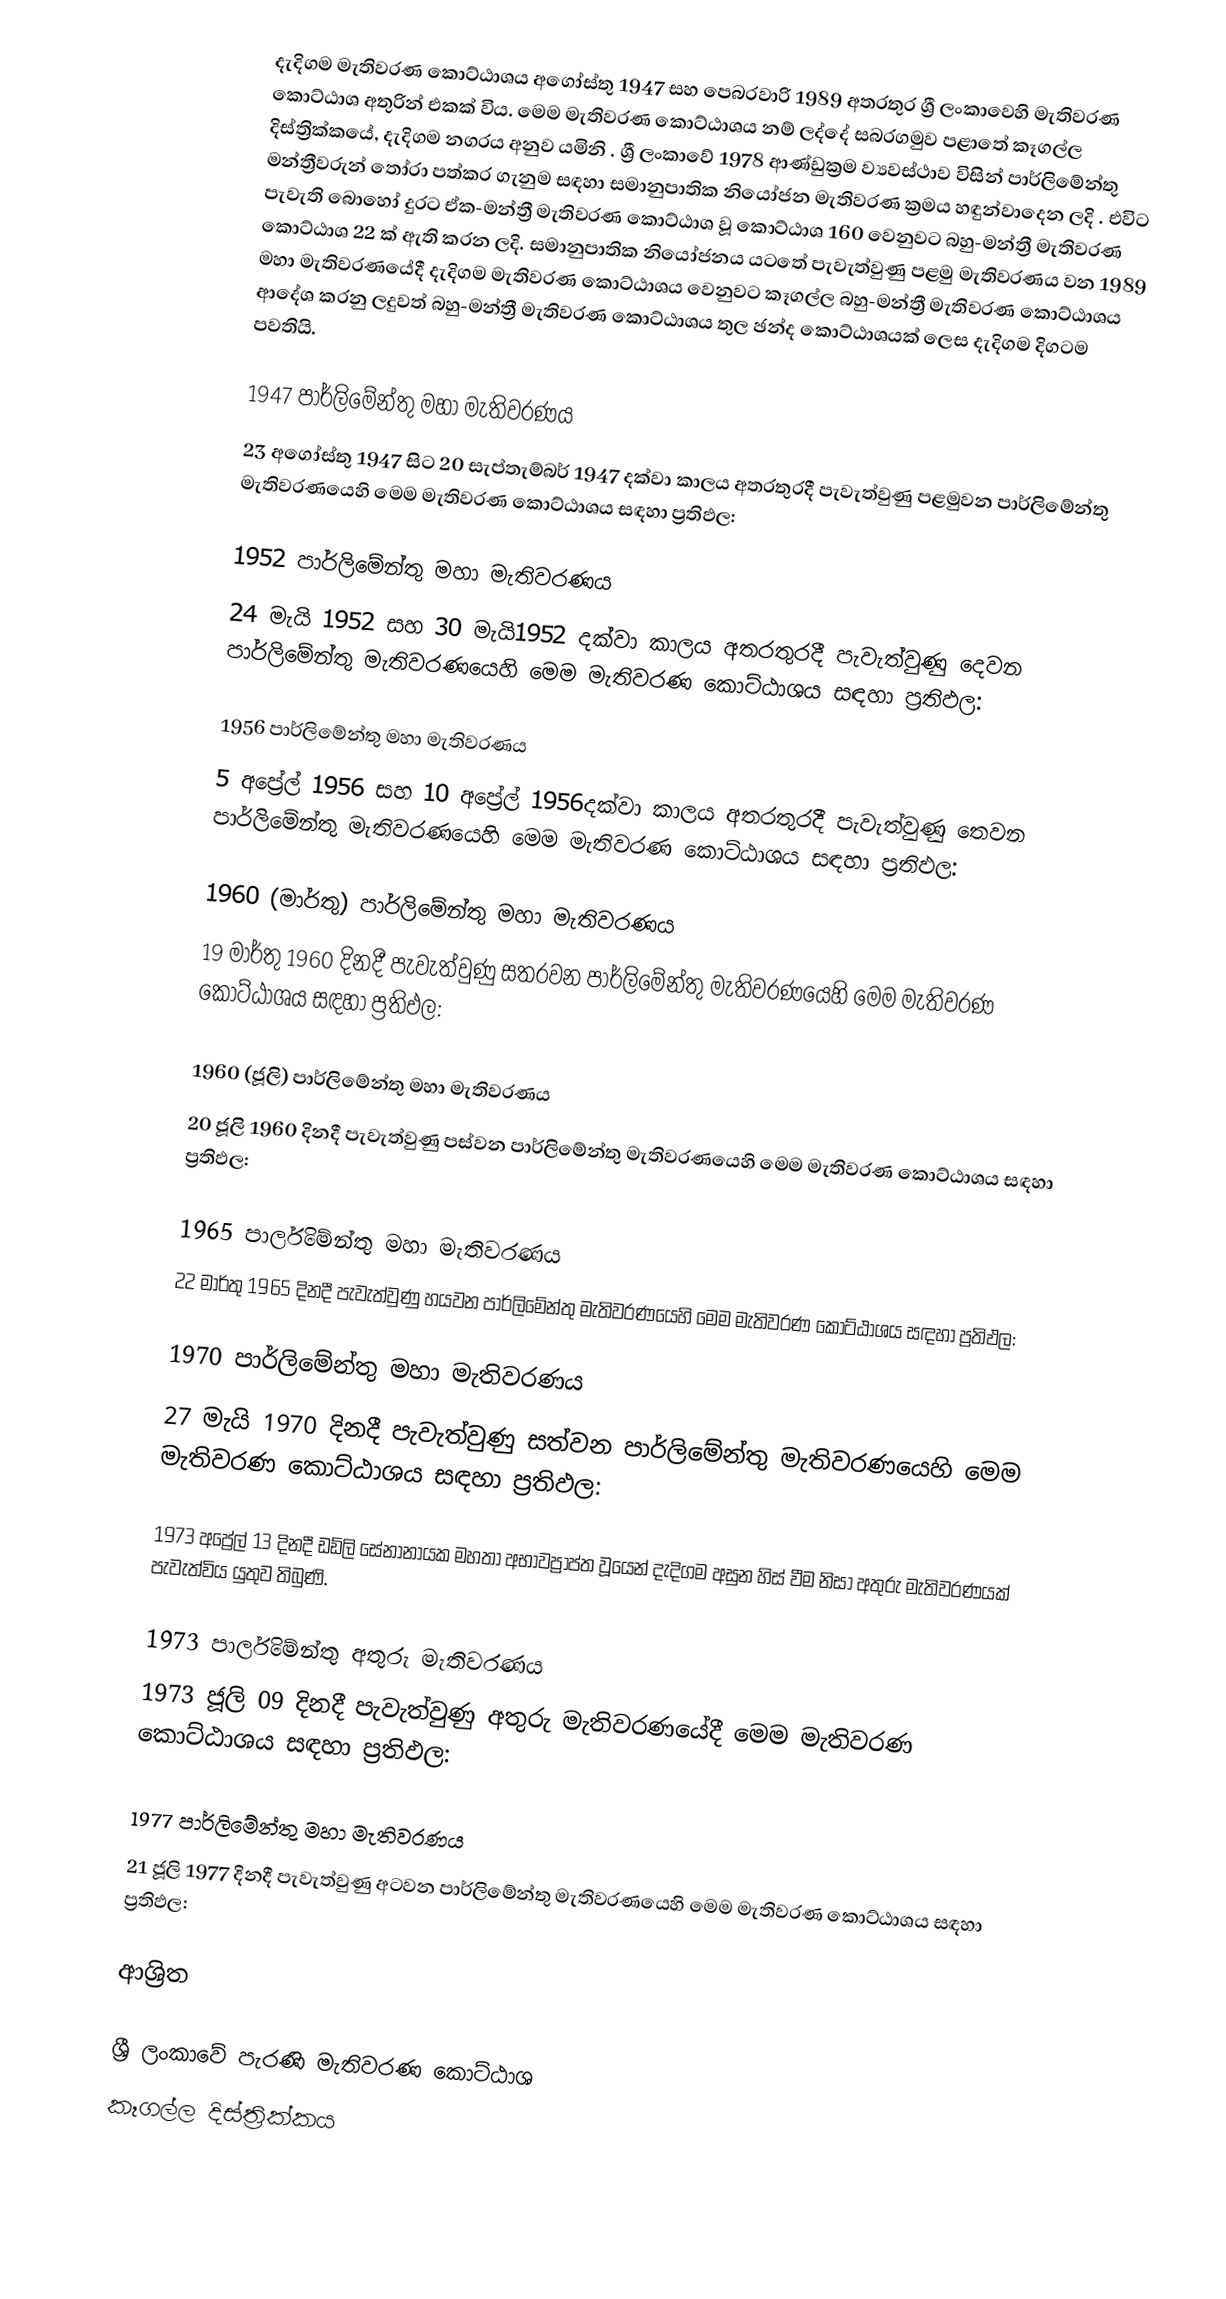
දැදිගම මැතිවරණ කොට්ඨාශය  අගෝස්තු 1947 සහ පෙබරවාරි 1989 අතරතුර  ශ්‍රී ලංකාවෙහි  මැතිවරණ කොට්ඨාශ අතුරින් එකක් විය. මෙම මැතිවරණ කොට්ඨාශය නම් ලද්දේ  සබරගමුව පළාතේ  කෑගල්ල  දිස්ත්‍රික්කයේ,  දැදිගම නගරය අනුව යමිනි . ශ්‍රී ලංකාවේ 1978 ආණ්ඩුක්‍රම ව්‍යවස්ථාව විසින්   පාර්ලිමේන්තු මන්ත්‍රීවරුන් තෝරා පත්කර ගැනුම සඳහා සමානුපාතික නියෝජන මැතිවරණ ක්‍රමය හඳුන්වාදෙන ලදි . එවිට පැවැති බොහෝ දුරට  ඒක-මන්ත්‍රී මැතිවරණ කොට්ඨාශ වූ කොට්ඨාශ 160 වෙනුවට බහු-මන්ත්‍රී මැතිවරණ කොට්ඨාශ 22 ක් ඇති කරන ලදි. සමානුපාතික නියෝජනය යටතේ පැවැත්වුණු  පළමු මැතිවරණය වන 1989 මහා මැතිවරණයේදී  දැදිගම මැතිවරණ කොට්ඨාශය වෙනුවට  කෑගල්ල  බහු-මන්ත්‍රී මැතිවරණ කොට්ඨාශය  ආදේශ කරනු ලදුවත් බහු-මන්ත්‍රී මැතිවරණ කොට්ඨාශය තුල ඡන්ද කොට්ඨාශයක් ලෙස දැදිගම දිගටම පවතියි.

1947 පාර්ලිමේන්තු මහා මැතිවරණය
23 අගෝස්තු 1947 සිට 20 සැප්තැම්බර් 1947 දක්වා කාලය අතරතුරදී පැවැත්වුණු   පළමුවන පාර්ලිමේන්තු මැතිවරණයෙහි මෙම මැතිවරණ කොට්ඨාශය සඳහා ප්‍රතිඵල:

1952 පාර්ලිමේන්තු මහා මැතිවරණය
24 මැයි 1952 සහ 30 මැයි1952 දක්වා කාලය අතරතුරදී පැවැත්වුණු   දෙවන පාර්ලිමේන්තු මැතිවරණයෙහි මෙම මැතිවරණ කොට්ඨාශය සඳහා ප්‍රතිඵල:

1956 පාර්ලිමේන්තු මහා මැතිවරණය
5 අප්‍රේල් 1956 සහ 10 අප්‍රේල් 1956දක්වා කාලය අතරතුරදී පැවැත්වුණු   තෙවන පාර්ලිමේන්තු මැතිවරණයෙහි මෙම මැතිවරණ කොට්ඨාශය සඳහා ප්‍රතිඵල:

1960 (මාර්තු) පාර්ලිමේන්තු මහා මැතිවරණය
19 මාර්තු 1960 දිනදී පැවැත්වුණු   සතරවන පාර්ලිමේන්තු මැතිවරණයෙහි මෙම මැතිවරණ කොට්ඨාශය සඳහා ප්‍රතිඵල:

1960 (ජූලි) පාර්ලිමේන්තු මහා මැතිවරණය
20 ජූලි 1960 දිනදී පැවැත්වුණු   පස්වන පාර්ලිමේන්තු මැතිවරණයෙහි මෙම මැතිවරණ කොට්ඨාශය සඳහා ප්‍රතිඵල:

1965 පාර්ලිමේන්තු මහා මැතිවරණය
22 මාර්තු 1965  දිනදී පැවැත්වුණු   හයවන පාර්ලිමේන්තු මැතිවරණයෙහි මෙම මැතිවරණ කොට්ඨාශය සඳහා ප්‍රතිඵල:

1970 පාර්ලිමේන්තු මහා මැතිවරණය
27 මැයි 1970 දිනදී පැවැත්වුණු   සත්වන පාර්ලිමේන්තු මැතිවරණයෙහි මෙම මැතිවරණ කොට්ඨාශය සඳහා ප්‍රතිඵල:

1973 අප්‍රේල් 13 දිනදී ඩඩ්ලි සේනානායක මහතා අභාවප්‍රාප්ත වූයෙන් දැදිගම අසුන හිස් වීම නිසා අතුරු මැතිවරණයක් පැවැත්විය යුතුව තිබුණි.

1973 පාර්ලිමේන්තු  අතුරු මැතිවරණය
1973 ජූලි 09  දිනදී පැවැත්වුණු   අතුරු මැතිවරණයේදී  මෙම මැතිවරණ කොට්ඨාශය සඳහා ප්‍රතිඵල:

1977 පාර්ලිමේන්තු මහා මැතිවරණය
21 ජූලි 1977 දිනදී පැවැත්වුණු   අටවන පාර්ලිමේන්තු මැතිවරණයෙහි මෙම මැතිවරණ කොට්ඨාශය සඳහා ප්‍රතිඵල:

ආශ්‍රිත

ශ්‍රී ලංකාවේ පැරණි මැතිවරණ කොට්ඨාශ
 කෑගල්ල දිස්ත්‍රික්කය